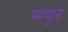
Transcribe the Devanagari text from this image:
म्हणूने